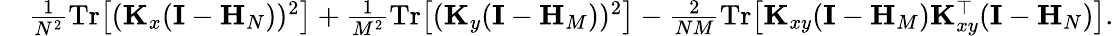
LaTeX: \begin{array}{rl}&{\frac{1}{N^{2}}\mathrm{Tr}\big[(\mathbf K_{x}(\mathbf I-\mathbf H_{N}))^{2}\big]+\frac{1}{M^{2}}\mathrm{Tr}\big[(\mathbf K_{y}(\mathbf I-\mathbf H_{M}))^{2}\big]-\frac{2}{NM}\mathrm{Tr}\big[\mathbf K_{xy}(\mathbf I-\mathbf H_{M})\mathbf K_{xy}^{\top}(\mathbf I-\mathbf H_{N})\big].}\end{array}